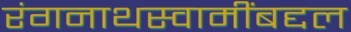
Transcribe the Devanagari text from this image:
रंगनाथस्वामींबद्दल